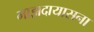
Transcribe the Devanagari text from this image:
माझदायासना